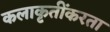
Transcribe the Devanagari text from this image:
कलाकृतींकरता